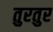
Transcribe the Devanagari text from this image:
तुरतुर